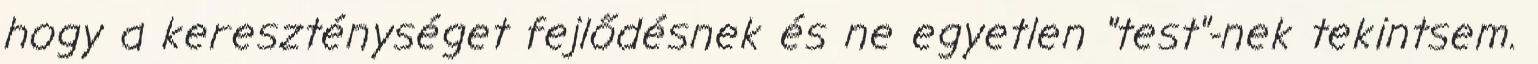
hogy a kereszténységet fejlődésnek és ne egyetlen "test"-nek tekintsem.